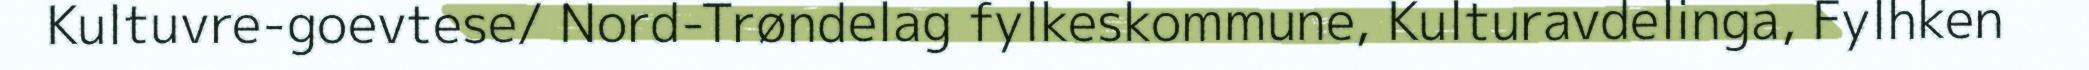
Kultuvre-goevtese/ Nord-Trøndelag fylkeskommune, Kulturavdelinga, Fylhken